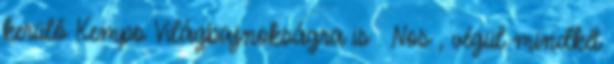
kerülő Kempo Világbajnokságra is . Nos , végül mindkét